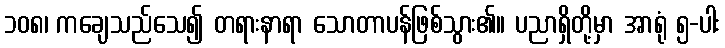
၁၀၈၊ ကချေသည်သေ၍ တရားနာရာ သောတာပန်ဖြစ်သွား၏။ ပညာရှိတို့မှာ အာရုံ ၅-ပါး